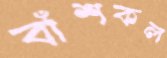
বাঁশকল